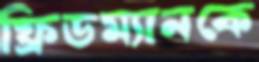
ফ্রিডম্যানকে